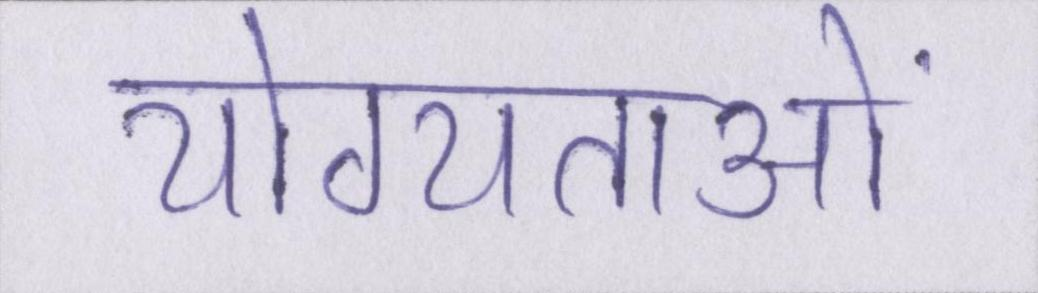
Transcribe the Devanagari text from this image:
योग्यताओं